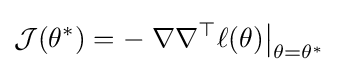
{\mathcal {J}}(\theta ^{*})=-\left.\nabla \nabla ^{\top }\ell (\theta )\right|_{\theta =\theta ^{*}}